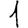
Digit: 1